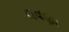
લવણા